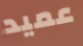
عميد